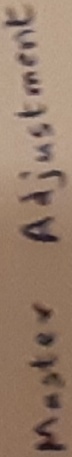
Text: Master Adjustment